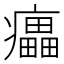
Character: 㿔